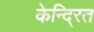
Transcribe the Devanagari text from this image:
केन्दि्रत